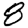
Digit: 8